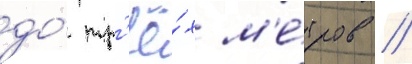
до́ тр'ё́х м'е́тров //